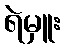
ရဲမှူး